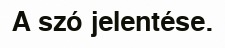
A szó jelentése.